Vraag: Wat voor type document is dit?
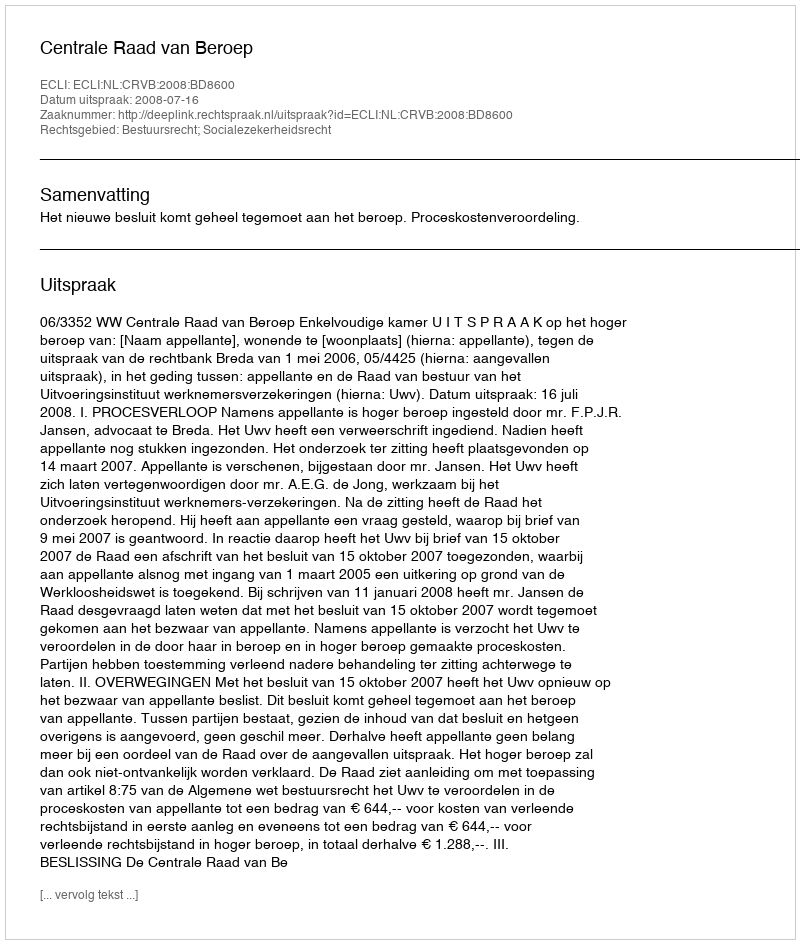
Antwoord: Uitspraak